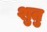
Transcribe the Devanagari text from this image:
शुतु